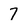
Character: 7